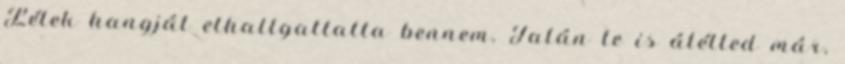
Lélek hangját elhallgattatta bennem. Talán te is átélted már,